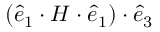
( \boldsymbol { \hat { e } } _ { 1 } \cdot \boldsymbol { H } \cdot \boldsymbol { \hat { e } } _ { 1 } ) \cdot \boldsymbol { \hat { e } } _ { 3 }